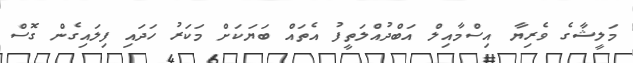
މަލީޝާގެ ވެރިޔާ އިސްމާއިލް އަބްދުއްލަތީފު އެތައް ބަޔަކަށް މަކަރު ހަދައި ފިލައިގެން ގޮސް